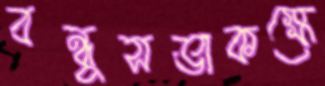
বন্ধুসভাকক্ষে